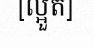
[ល្អួត]